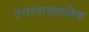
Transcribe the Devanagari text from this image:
उत्तरवासाहतिक